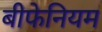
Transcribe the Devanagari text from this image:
बीफेनियम